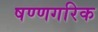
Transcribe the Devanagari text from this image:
षण्णगरिक